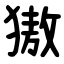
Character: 獓